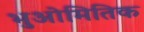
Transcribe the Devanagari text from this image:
भुओमितिक